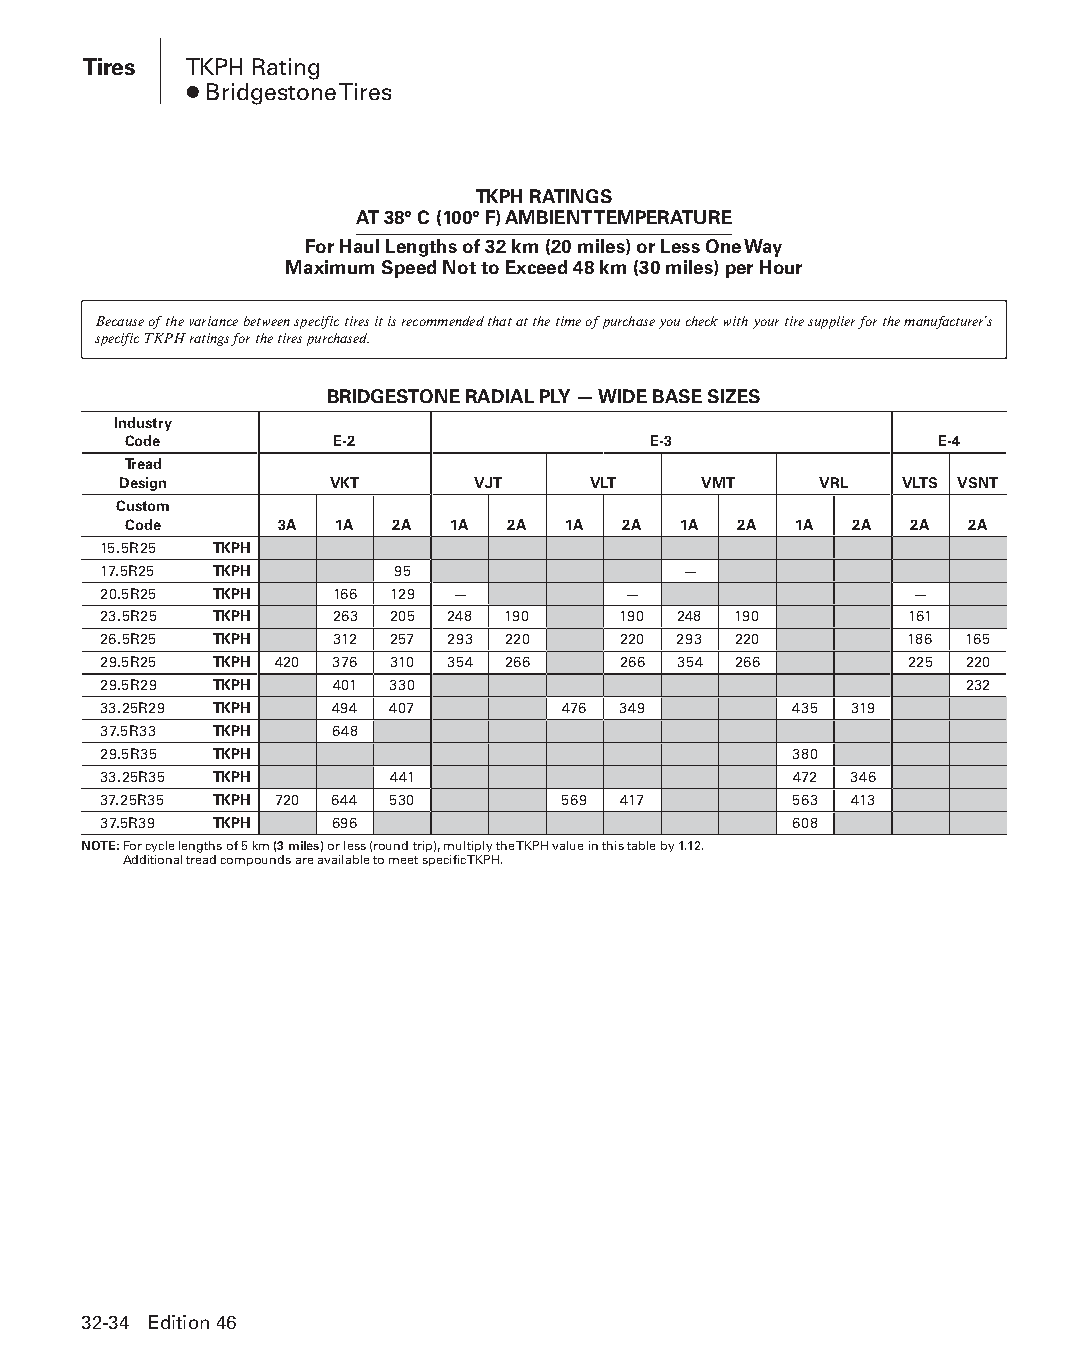
Tires  TKPH Rating
 ● Bridgestone Tires
 TKPH RATINGS
 AT 38° C (100° F) AMBIENT TEMPERATURE
 For Haul Lengths of 32 km (20 miles) or Less One Way
 Maximum Speed Not to Exceed 48 km (30 miles) per Hour
 Because of the variance between specific tires it is recommended that at the time of purchase you check with your tire supplier for the manufacturer’s
 specific TKPH ratings for the tires purchased.
 BRIDGESTONE RADIAL PLY — WIDE BASE SIZES
 Industry
 Code         E-2                  E-3                E-4
 Tread
 Design        VKT       VJT    VLT     VMT     VRL  VLTS VSNT
 Custom
 Code      3A  1A 2A  1A  2A  1A  2A 1A  2A  1A  2A  2A 2A
 15.5R25 TKPH
 17.5R25 TKPH       95                  —
 20.5R25 TKPH   166 129 —           —                  —
 23.5R25 TKPH   263 205 248 190    190 248 190        161
 26.5R25 TKPH   312 257 293 220    220 293 220        186 165
 29.5R25 TKPH 420 376 310 354 266  266 354 266        225 220
 29.5R29 TKPH   401 330                                   232
 33.25R29 TKPH  494 407         476 349        435 319
 37.5R33 TKPH   648
 29.5R35 TKPH                                  380
 33.25R35 TKPH      441                        472 346
 37.25R35 TKPH 720 644 530      569 417        563 413
 37.5R39 TKPH   696                            608
 NOTE: For cycle lengths of 5 km (3 miles) or less (round trip), multiply the TKPH value in this table by 1.12.
 Additional tread compounds are available to meet specific TKPH.
 32-34 Edition 46
 PPHHBB--SSeecc3322--1166..iinndddd 3344                        1122//44//1155 1111::2244 AAMM